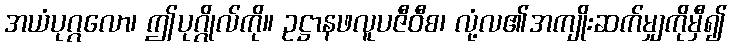
အယံပုဂ္ဂလော၊ ဤပုဂ္ဂိုလ်ကို။ ဥဋ္ဌာနဖလူပဇီဝီစ၊ လုံ့လ၏အကျိုးဆက်မျှကိုမှီ၍